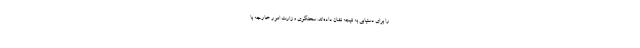
را برای دستیابی به نتیجه نشان داده‌اند. سخنگوی وزارت امور خارجه با